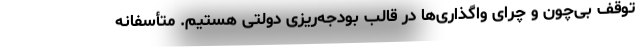
توقف بی‌چون و چرای واگذاری‌ها در قالب بودجه‌ریزی دولتی هستیم. متأسفانه